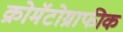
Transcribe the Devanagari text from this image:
क्रोमॅटोग्राफीक